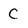
Character: C